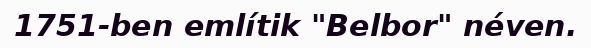
1751-ben említik "Belbor" néven.